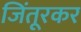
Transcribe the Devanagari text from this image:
जिंतूरकर